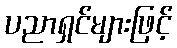
ပညာရှင်များဖြင့်